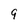
Character: 9